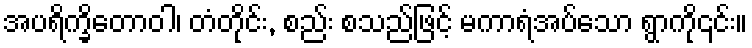
အပရိက္ခိတောဝါ၊ တံတိုင်း, စည်း စသည်ဖြင့် မကာရံအပ်သော ရွာကို၎င်း။